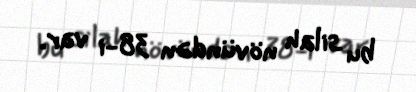
bu silah növündən 38-i var.